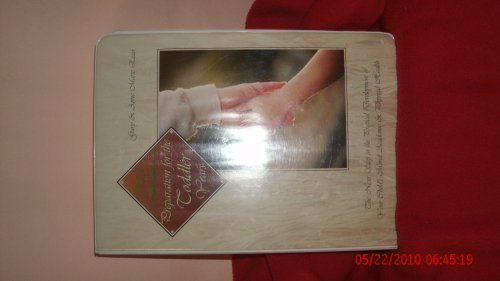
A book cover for Preparation for the Toddler Years; Gary Ezzo; Parenting & Relationships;